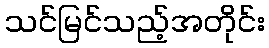
သင်မြင်သည့်အတိုင်း